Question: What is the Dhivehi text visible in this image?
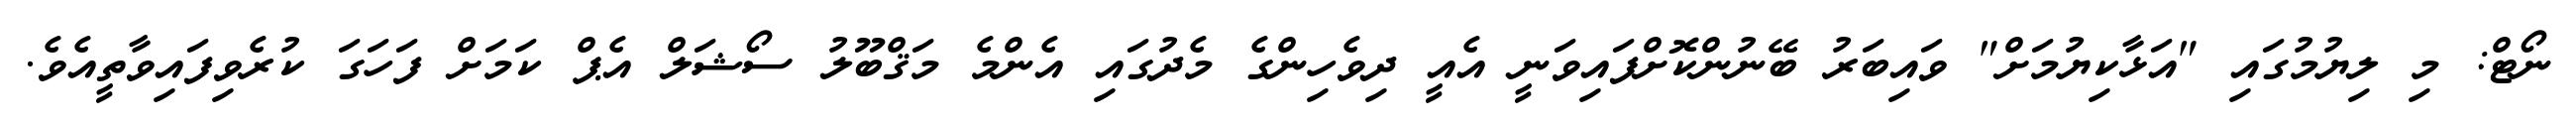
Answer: ނޯޓް: މި ލިޔުމުގައި "އަޅާކިޔުމަށް" ވައިބަރު ބޭނުންކޮށްފައިވަނީ އެއީ ދިވެހިންގެ މެދުގައި އެންމެ މަޤްބޫލު ސޯޝަލް އެޕް ކަމަށް ފަހަގަ ކުރެވިފައިވާތީއެވެ.